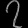
Digit: ၇